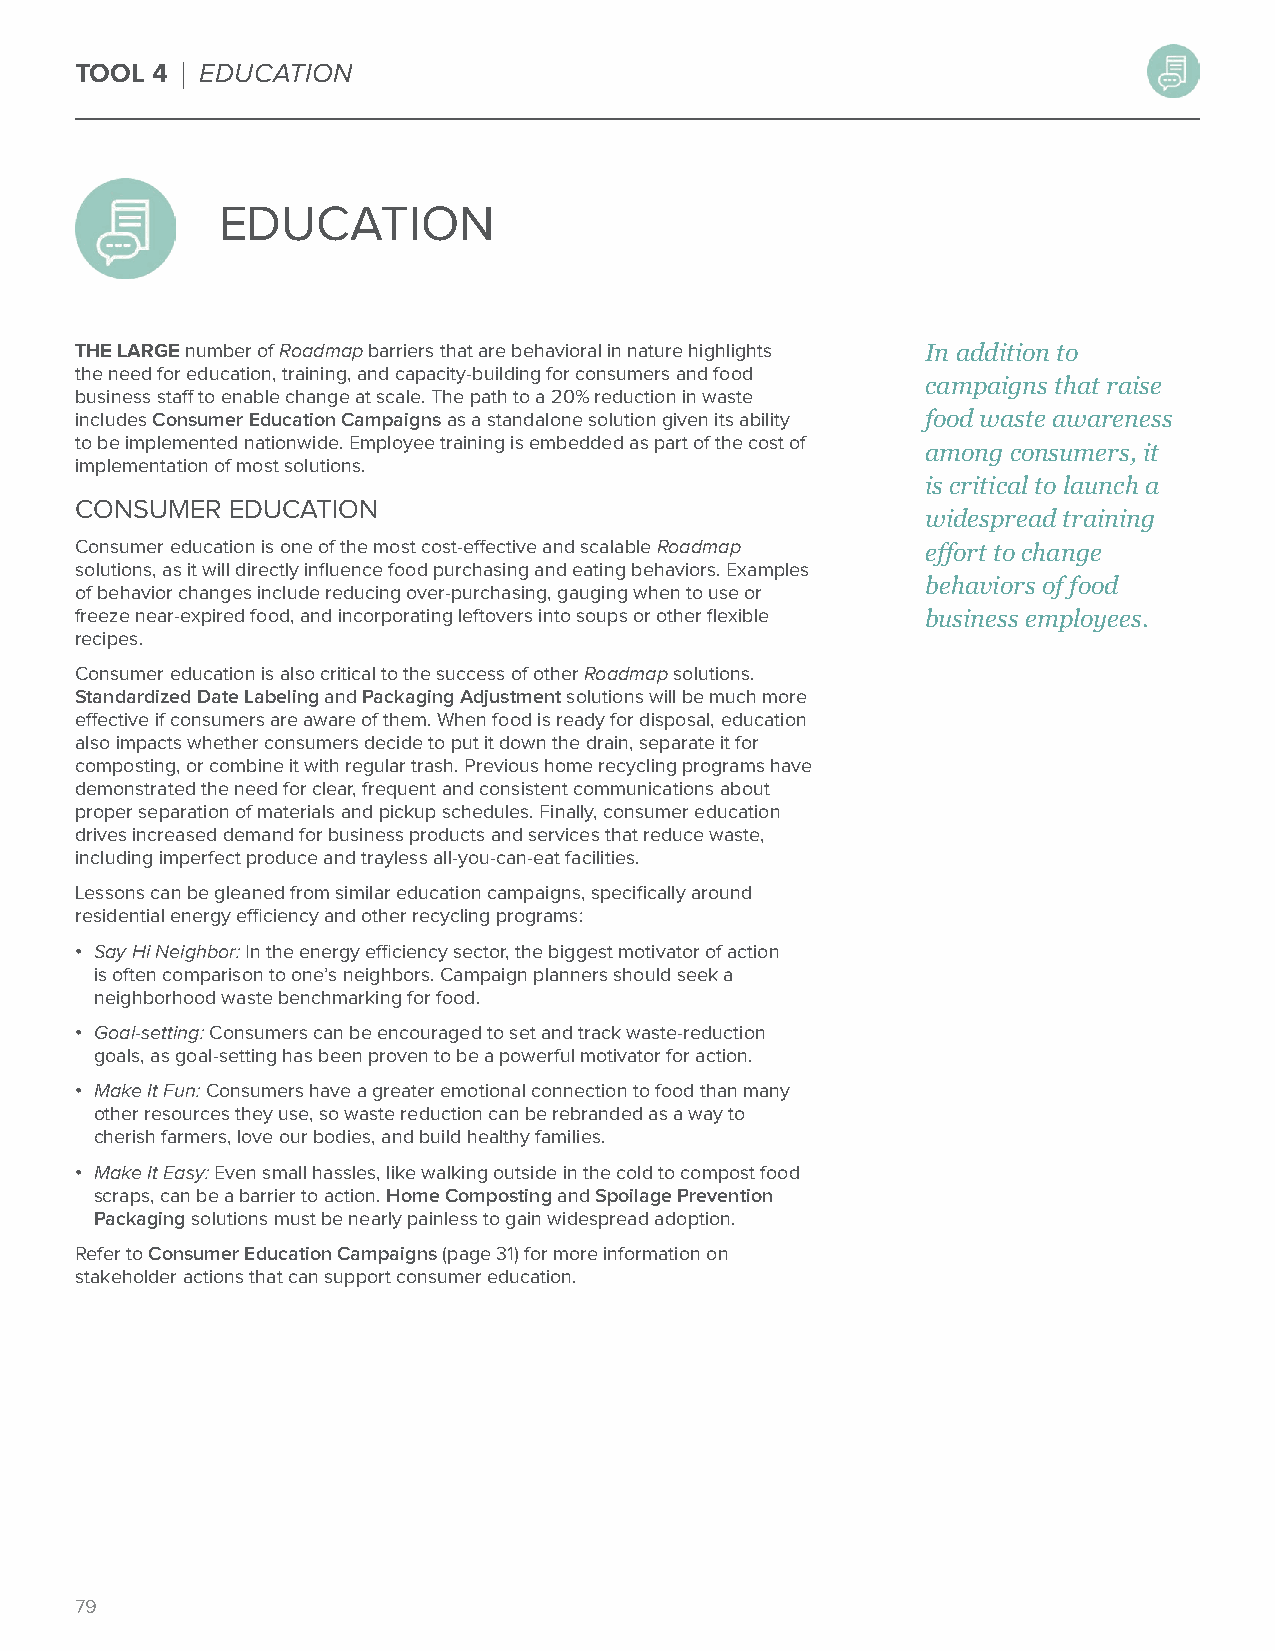
TOOL 4 | EDUCATION
 EDUCATION
 THE LARGE number of Roadmap barriers that are behavioral in nature highlights In addition to
 the need for education, training, and capacity-building for consumers and food
 campaigns that raise
 business staff to enable change at scale. The path to a 20% reduction in waste
 includes Consumer Education Campaigns as a standalone solution given its ability food waste awareness
 to be implemented nationwide. Employee training is embedded as part of the cost of
 among consumers, it
 implementation of most solutions.
 is critical to launch a
 CONSUMER  EDUCATION
 widespread training
 Consumer education is one of the most cost-effective and scalable Roadmap effort to change
 solutions, as it will directly influence food purchasing and eating behaviors. Examples
 behaviors of food
 of behavior changes include reducing over-purchasing, gauging when to use or
 freeze near-expired food, and incorporating leftovers into soups or other flexible business employees.
 recipes.
 Consumer education is also critical to the success of other Roadmap solutions.
 Standardized Date Labeling and Packaging Adjustment solutions will be much more
 effective if consumers are aware of them. When food is ready for disposal, education
 also impacts whether consumers decide to put it down the drain, separate it for
 composting, or combine it with regular trash. Previous home recycling programs have
 demonstrated the need for clear, frequent and consistent communications about
 proper separation of materials and pickup schedules. Finally, consumer education
 drives increased demand for business products and services that reduce waste,
 including imperfect produce and trayless all-you-can-eat facilities.
 Lessons can be gleaned from similar education campaigns, specifically around
 residential energy efficiency and other recycling programs:
 • Say Hi Neighbor: In the energy efficiency sector, the biggest motivator of action
 is often comparison to one’s neighbors. Campaign planners should seek a
 neighborhood waste benchmarking for food.
 • Goal-setting: Consumers can be encouraged to set and track waste-reduction
 goals, as goal-setting has been proven to be a powerful motivator for action.
 • Make It Fun: Consumers have a greater emotional connection to food than many
 other resources they use, so waste reduction can be rebranded as a way to
 cherish farmers, love our bodies, and build healthy families.
 • Make It Easy: Even small hassles, like walking outside in the cold to compost food
 scraps, can be a barrier to action. Home Composting and Spoilage Prevention
 Packaging solutions must be nearly painless to gain widespread adoption.
 Refer to Consumer Education Campaigns (page 31) for more information on
 stakeholder actions that can support consumer education.
 79